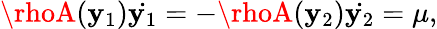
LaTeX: \rhoA(\mathbf{y}_{1})\dot{{\mathbf{y}_{1}}}=-\rhoA(\mathbf{y}_{2})\dot{{\mathbf{y}_{2}}}=\mu,